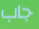
جاب